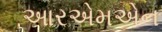
આરએમએન